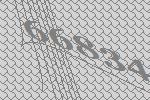
66834